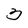
Character: 3